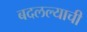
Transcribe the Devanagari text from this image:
बदलल्याची